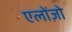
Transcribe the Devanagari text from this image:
एलोंज़ो